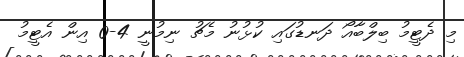
މި ދެޓީމު ބިލްބާއޯ ދަނޑުގައި ކުޅުނު މެޗު ނިމުނީ 4-0 އިން އެޓީމު